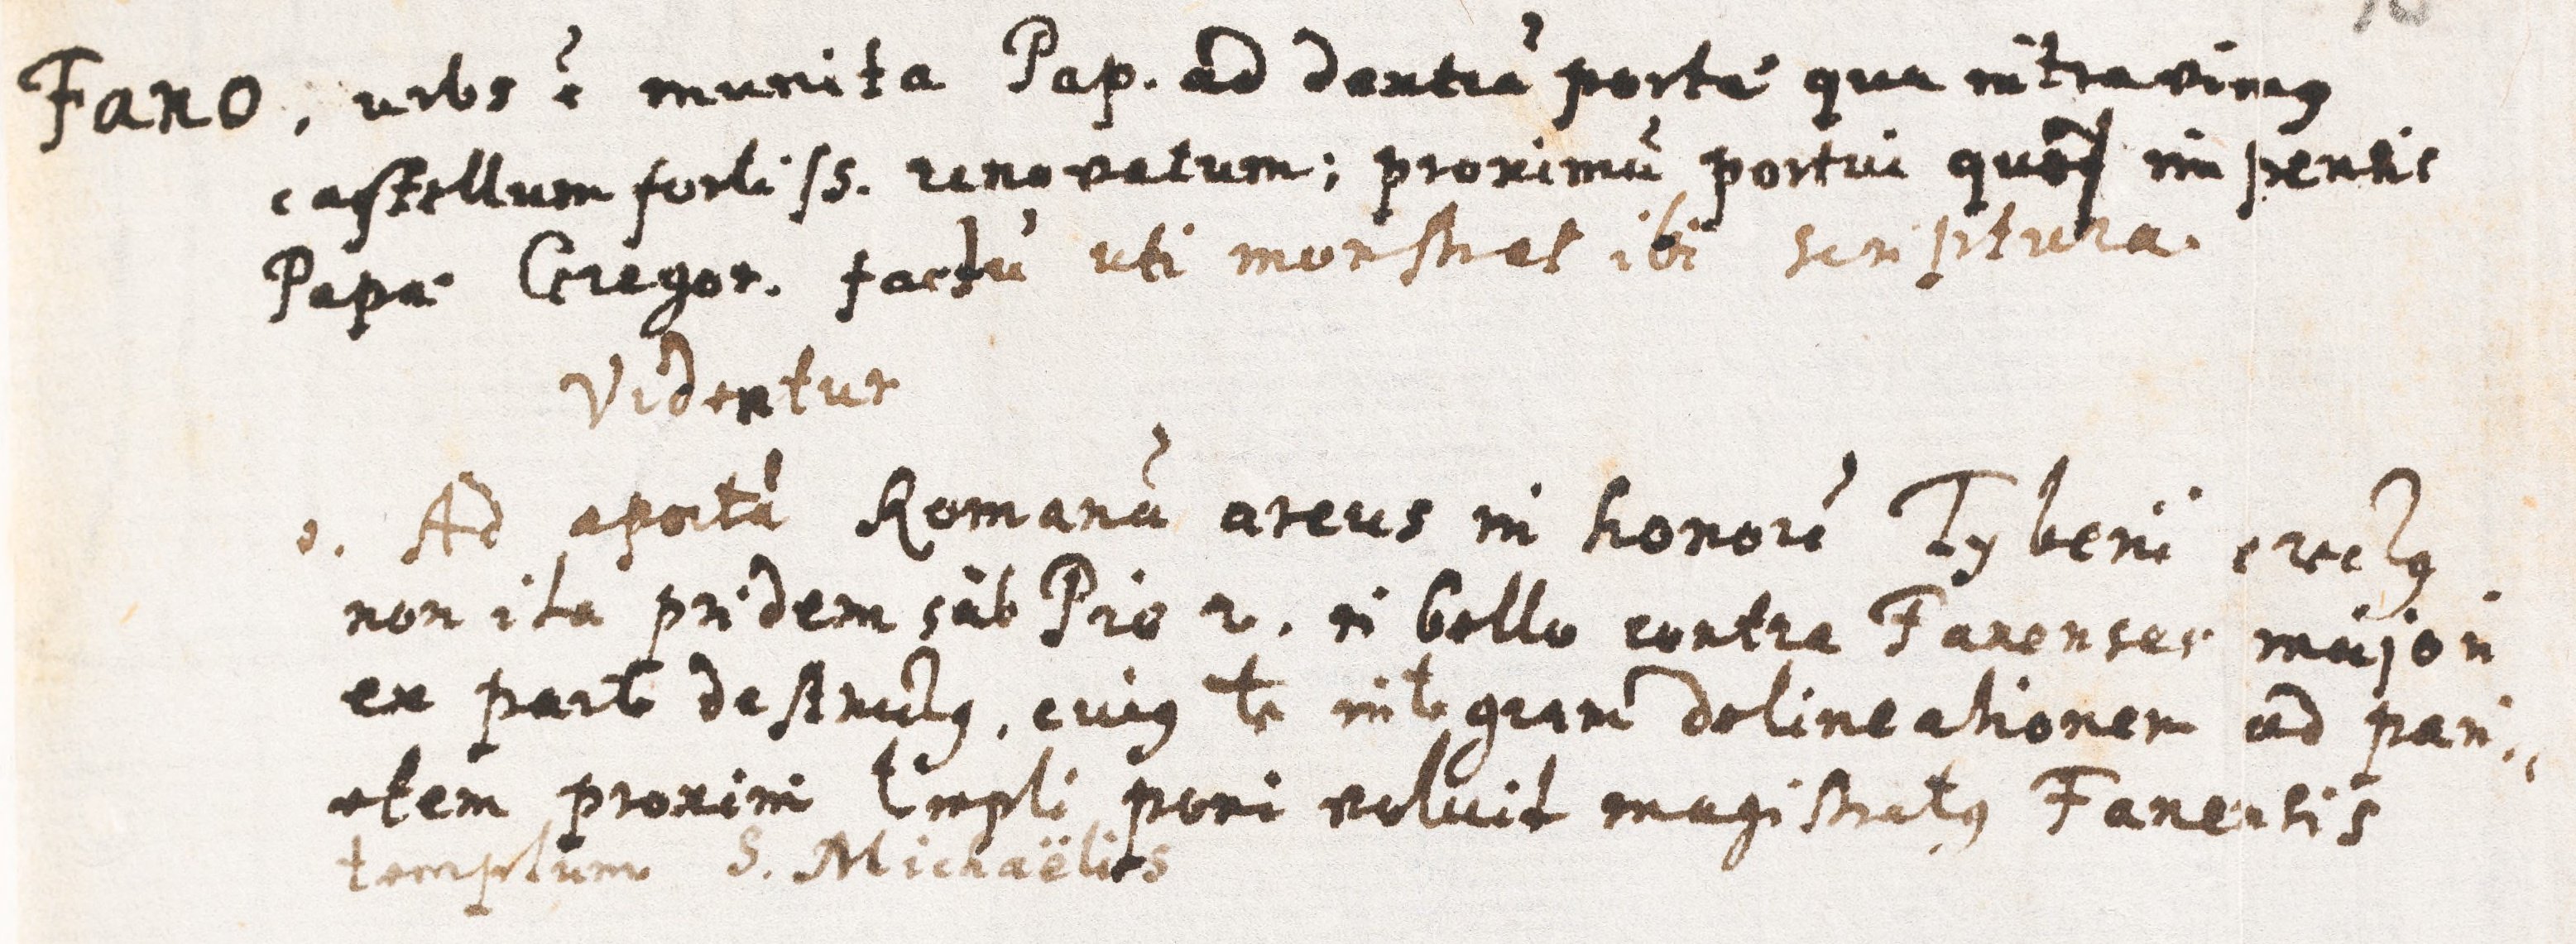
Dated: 1621–1621